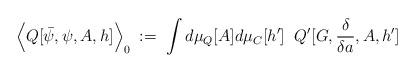
LaTeX: \begin{align*}\Big\langle Q[\bar{\psi},\psi,A,h] \Big\rangle_0 \; := \;\int d\mu_Q[A] d\mu_C[h^\prime] \; \;Q^\prime [G,\frac{\delta}{\delta a},A,h^\prime ]\end{align*}